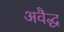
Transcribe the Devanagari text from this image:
अवैद्ध